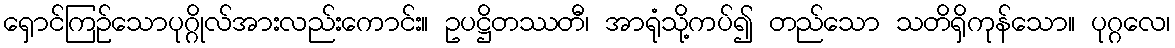
ရှောင်ကြဉ်သောပုဂ္ဂိုလ်အားလည်းကောင်း။ ဥပဋ္ဌိတဿတီ၊ အာရုံသို့ကပ်၍ တည်သော သတိရှိကုန်သော။ ပုဂ္ဂလေ၊